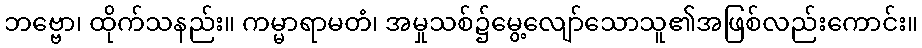
ဘဗ္ဗော၊ ထိုက်သနည်း။ ကမ္မာရာမတံ၊ အမှုသစ်၌မွေ့လျော်သောသူ၏အဖြစ်လည်းကောင်း။